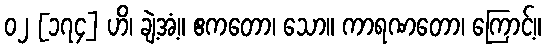
၀၂ [၁၇၄] ဟိ၊ ချဲ့အံ့။ ဧကတော၊ သော။ ကာရဏတော၊ ကြောင့်။